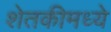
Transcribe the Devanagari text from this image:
शेतकीमध्ये